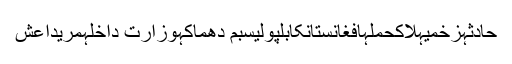
حادثہزخمیہلاکحملہافغانستانکابلپولیسبم دھماکہوزارت داخلہمریداعش